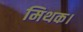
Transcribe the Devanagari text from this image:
मिथक।